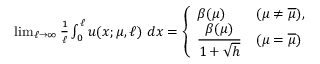
\begin{array} { r } { \operatorname* { l i m } _ { \ell \to \infty } \frac { 1 } { \ell } \int _ { 0 } ^ { \ell } u ( x ; \mu , \ell ) \ d x = \left\{ \begin{array} { l l } { \beta ( \mu ) } & { ( \mu \neq \overline { { \mu } } ) , } \\ { \displaystyle \frac { \beta ( \mu ) } { 1 + \sqrt { h } } } & { ( \mu = \overline { { \mu } } ) } \end{array} \right. } \end{array}